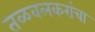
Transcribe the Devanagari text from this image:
तळवलकरांचा